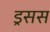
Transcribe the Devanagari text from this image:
ड्रसस